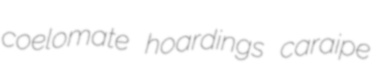
coelomate hoardings caraipe